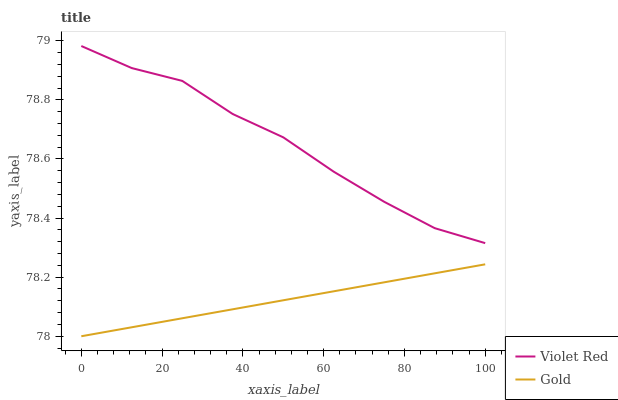
| xaxis_label | Violet Red | Gold |
 | --- | --- | --- |
 | 0 | 79 | 78 |
 | 12.5 | 78.9 | 78 |
 | 25 | 78.9 | 78.1 |
 | 37.5 | 78.8 | 78.1 |
 | 50 | 78.7 | 78.1 |
 | 62.5 | 78.6 | 78.2 |
 | 75 | 78.5 | 78.2 |
 | 87.5 | 78.4 | 78.2 |
 | 100 | 78.3 | 78.2 |